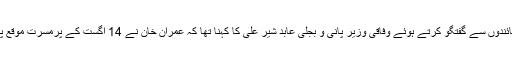
لاہور میں میڈیا کے نمائندوں سے گفتگو کرتے ہوئے وفاقی وزیر پانی و بجلی عابد شیر علی کا کہنا تھا کہ عمران خان نے 14 اگست کے پرمسرت موقع پر ریلیاں شروع کردیں۔